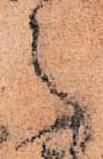
之